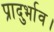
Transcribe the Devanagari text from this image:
प्रादुर्भाव।